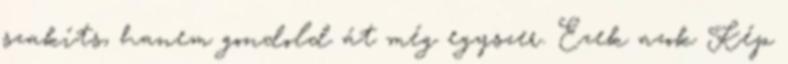
szakíts, hanem gondold át még egyszer. Ezek azok Kép